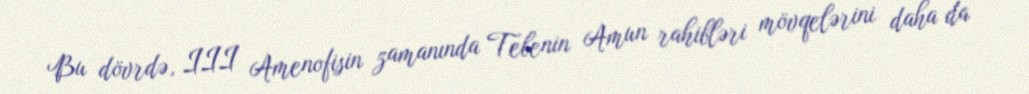
Bu dövrdə, III Amenofisin zamanında Tebenin Amun rahibləri mövqelərini daha da